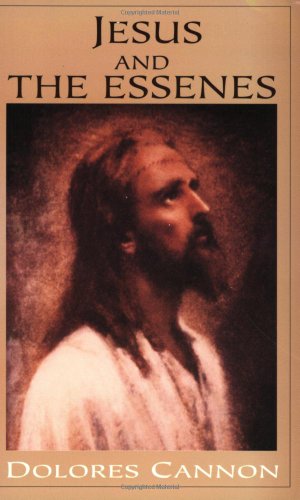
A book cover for Jesus and the Essenes; Dolores Cannon; Christian Books & Bibles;